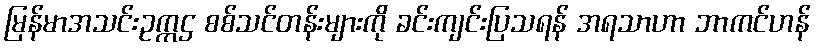
မြန်မာအသင်းဥက္ကဌ စစ်သင်တန်းများကို ခင်းကျင်းပြသရန် အရသာဟာ ဘာကင်ဟန်